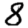
Digit: 8